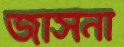
জাসনা